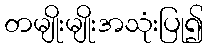
တမျိုးမျိုးအသုံးပြု၍